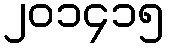
၂၀၁၄၁၅